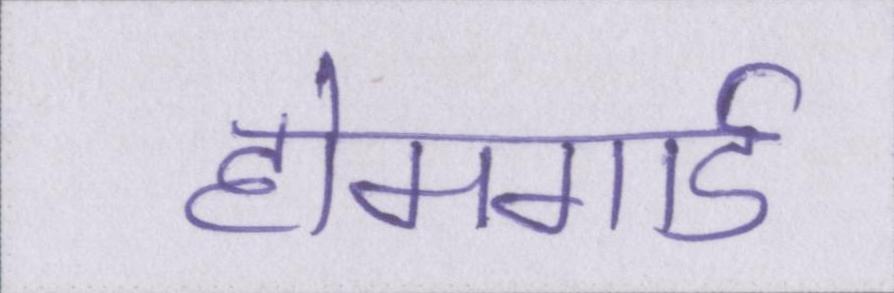
होमगार्ड